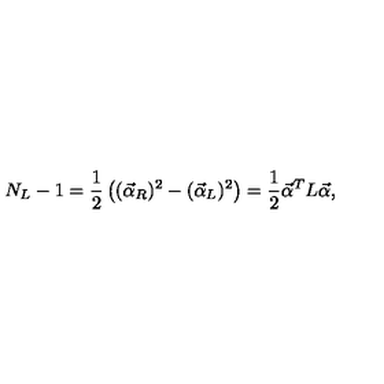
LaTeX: N _ { L } - 1 = { \frac { 1 } { 2 } } \left( ( \vec { \alpha } _ { R } ) ^ { 2 } - ( \vec { \alpha } _ { L } ) ^ { 2 } \right) = { \frac { 1 } { 2 } } \vec { \alpha } ^ { T } L \vec { \alpha } ,